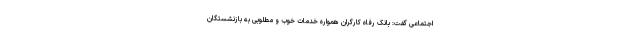
اجتماعی گفت: بانک رفاه کارگران همواره خدمات خوب و مطلوبی به بازنشستگان